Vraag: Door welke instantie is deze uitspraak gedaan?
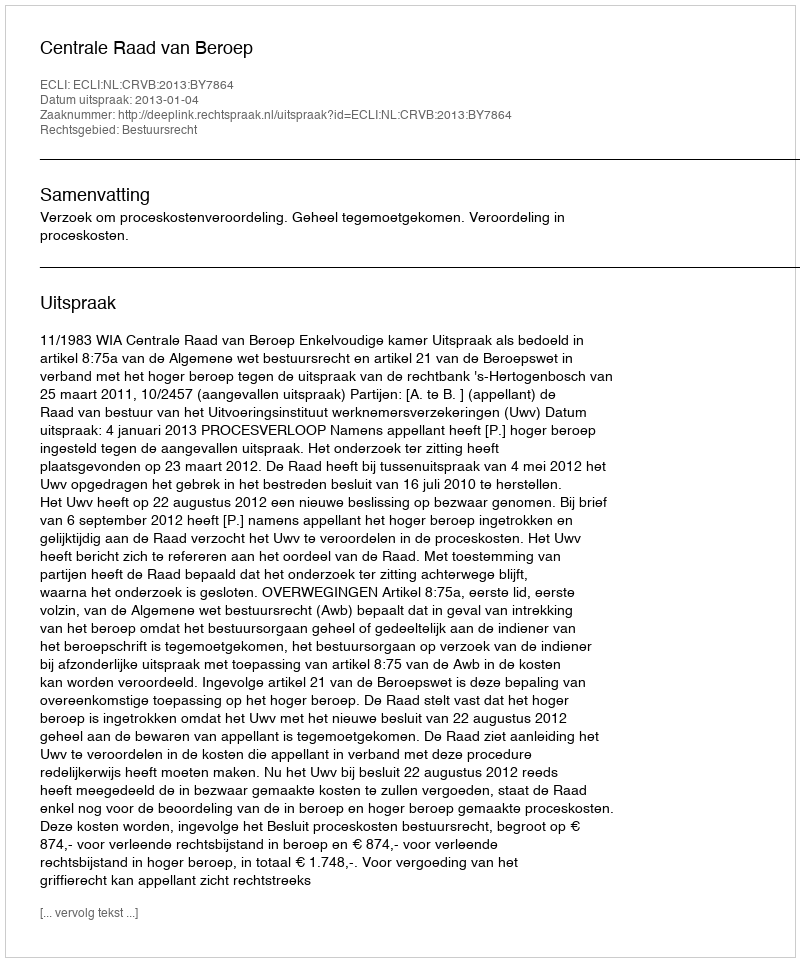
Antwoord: Centrale Raad van Beroep